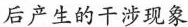
后产生的干涉现象